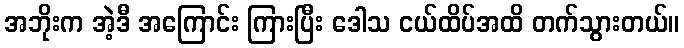
အဘိုးက အဲ့ဒီ အကြောင်း ကြားပြီး ဒေါသ ငယ်ထိပ်အထိ တက်သွားတယ်။